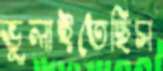
ভুলাইতেছিস